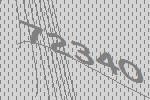
72340